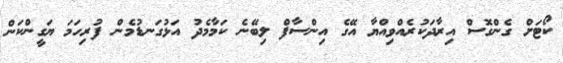
ކޯޓަށް ގެންގޮސް އިރާދަކުރެއްވިއްޔާ އޭގެ އިންސާފް ލިބޭނެ ކަމާމެދު އަޅުގަނޑުމެން ފުރިހަމަ ޔަގީންކަން